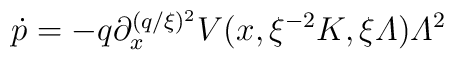
\dot{p}=-q{\textstyle\partial^{(q/\xi)^2}_x}V(x,\xi^{-2}K,\xi{\mit\Lambda}){\mit\Lambda}^2